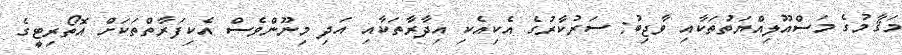
މަޤާމުގެ މަސްއޫލިއްޔަތުތަކާއި ވާޖިބު: ސަރުކާރުގެ އެކިއެކި އިދާރާތަކާއި އަދި މިނޫންވެސް އެކިފަރާތްތަކަށް އޮތޯރިޓީގެ